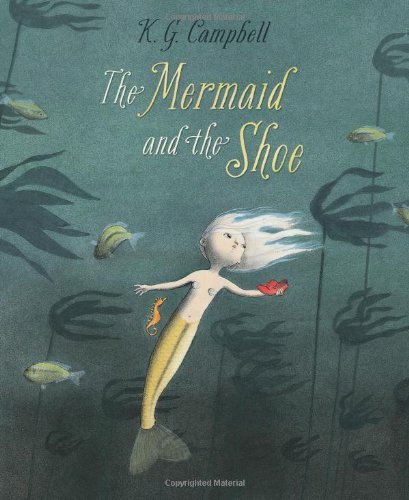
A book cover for The Mermaid and the Shoe; K G Campbell; Children's Books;